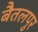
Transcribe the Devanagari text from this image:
बैतलपुर